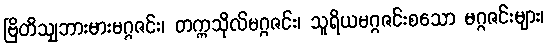
ဗြိတိသျှဘားမားမဂ္ဂဇင်း၊ တက္ကသိုလ်မဂ္ဂဇင်း၊ သူရိယမဂ္ဂဇင်းစသော မဂ္ဂဇင်းများ၊